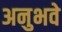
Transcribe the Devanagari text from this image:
अनुभवे